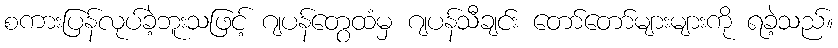
စကားပြန်လုပ်ခဲ့ဘူးသဖြင့် ဂျပန်တွေထံမှ ဂျပန်သီချင်း တော်တော်များများကို ရခဲ့သည်။